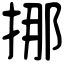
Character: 挪